system: You are a helpful assistant.
user:
Analyze the provided spectrum to determine if it is a **"Cataclysmic Variables (CV)"**.

- **Key Indicators for CV (Check for either state):**
    - **State 1: Quiescent / Low-State (Emission-Dominated)**
        - **(Primary):** Strong and *very broad* Hydrogen Balmer emission lines (e.g., $H\alpha$ at 6563 Å, $H\beta$ at 4861 Å). The 'broadness' (high velocity dispersion, often FWHM > 1000 km/s) is the key diagnostic, indicating a high-velocity accretion disk.
        - **(Secondary):** Broad neutral Helium (He I) emission lines (e.g., 5876 Å, 6678 Å).
        - **(Key Confirmation):** Presence of high-excitation *ionized* Helium (He II) emission at 4686 Å. This is a strong indicator of accretion onto a white dwarf.
        - **(Line Profile):** Emission lines may exhibit a 'double-peaked' profile, which is a classic signature of a rotating accretion disk viewed at high inclination.

    - **State 2: Outburst / High-State (Absorption-Dominated)**
        - **(Primary):** Spectrum is dominated by a bright, blue continuum (looks like a hot star).
        - **(Secondary):** The emission lines from State 1 are weak, absent, or 'filled in', and are replaced by broad, shallow *absorption* lines (primarily Balmer and He I).
        - **(Morphology):** The overall spectrum mimics a hot B/A-type star. The crucial difference is that the absorption lines are significantly broader, shallower, and more 'washed-out' (or 'smeared') than the sharp lines of a normal stellar photosphere, due to high rotational speeds and pressure broadening in the disk.

Think first, call **spectral_visualization_tool** if needed to examine features in detail, then provide your final answer. Your response must adhere to the following strict rules:
1.  **Overall Structure:** Your response must follow the format `<think>...</think> <tool_call>...</tool_call> (if a tool is used) <answer>...</answer>`.
2.  **Tool Usage Constraint:** You may only make **one** tool call per turn.
3.  **Final Answer Format:** In the `<answer>` tag, your conclusion must be inside a `\boxed{}` command (e.g., `\boxed{YES}`), followed by your justification.

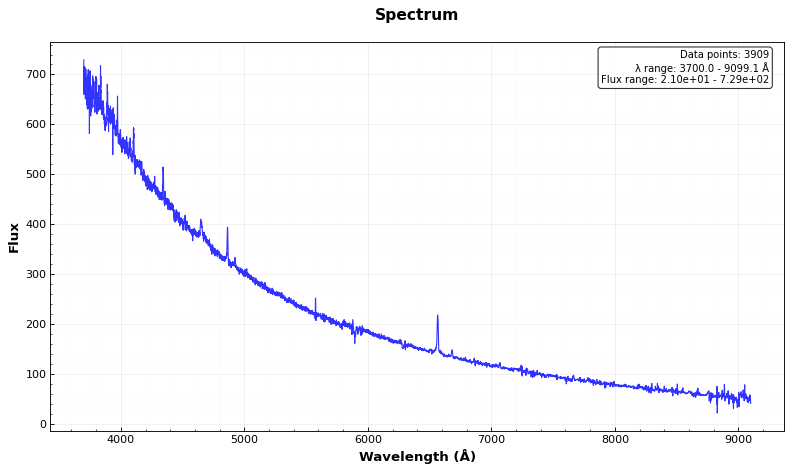
Answer: YES